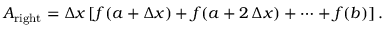
A _ { \mathrm { r i g h t } } = \Delta x \left[ f ( a + \Delta x ) + f ( a + 2 \, \Delta x ) + \cdots + f ( b ) \right] .